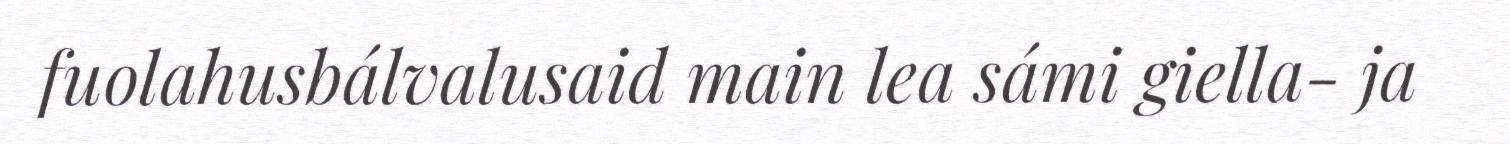
fuolahusbálvalusaid main lea sámi giella- ja